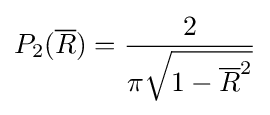
P_{2}({\overline {R}})={\frac {2}{\pi {\sqrt {1-{\overline {R}}^{2}}}}}